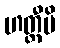
ဟတ္ထီပိ